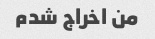
من اخراج شدم